system: You are a helpful assistant.
user:
Analyze the provided spectrum to determine if it is a **"Cataclysmic Variables (CV)"**.

- **Key Indicators for CV (Check for either state):**
    - **State 1: Quiescent / Low-State (Emission-Dominated)**
        - **(Primary):** Strong and *very broad* Hydrogen Balmer emission lines (e.g., $H\alpha$ at 6563 Å, $H\beta$ at 4861 Å). The 'broadness' (high velocity dispersion, often FWHM > 1000 km/s) is the key diagnostic, indicating a high-velocity accretion disk.
        - **(Secondary):** Broad neutral Helium (He I) emission lines (e.g., 5876 Å, 6678 Å).
        - **(Key Confirmation):** Presence of high-excitation *ionized* Helium (He II) emission at 4686 Å. This is a strong indicator of accretion onto a white dwarf.
        - **(Line Profile):** Emission lines may exhibit a 'double-peaked' profile, which is a classic signature of a rotating accretion disk viewed at high inclination.

    - **State 2: Outburst / High-State (Absorption-Dominated)**
        - **(Primary):** Spectrum is dominated by a bright, blue continuum (looks like a hot star).
        - **(Secondary):** The emission lines from State 1 are weak, absent, or 'filled in', and are replaced by broad, shallow *absorption* lines (primarily Balmer and He I).
        - **(Morphology):** The overall spectrum mimics a hot B/A-type star. The crucial difference is that the absorption lines are significantly broader, shallower, and more 'washed-out' (or 'smeared') than the sharp lines of a normal stellar photosphere, due to high rotational speeds and pressure broadening in the disk.

Think first, call **spectral_visualization_tool** if needed to examine features in detail, then provide your final answer. Your response must adhere to the following strict rules:
1.  **Overall Structure:** Your response must follow the format `<think>...</think> <tool_call>...</tool_call> (if a tool is used) <answer>...</answer>`.
2.  **Tool Usage Constraint:** You may only make **one** tool call per turn.
3.  **Final Answer Format:** In the `<answer>` tag, your conclusion must be inside a `\boxed{}` command (e.g., `\boxed{YES}`), followed by your justification.

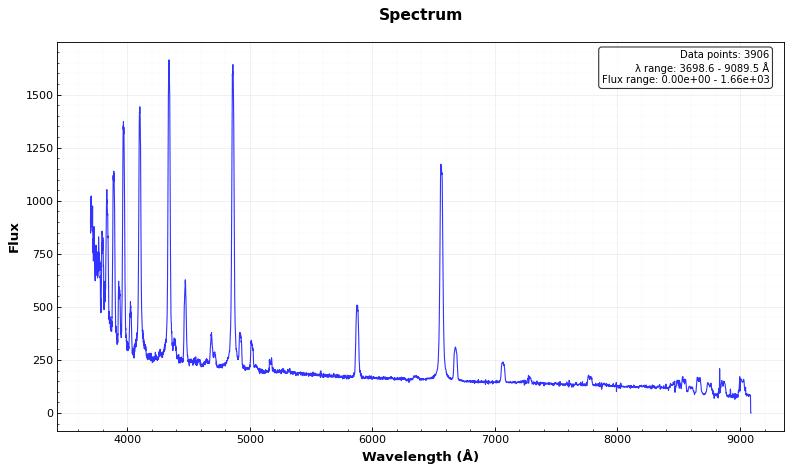
Answer: YES